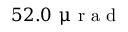
5 2 . 0 ~ \upmu \mathrm { ~ r ~ a ~ d ~ }